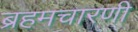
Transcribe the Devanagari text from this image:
ब्रहमचारणी